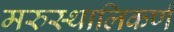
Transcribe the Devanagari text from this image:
मरुस्थालिकर्ण